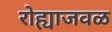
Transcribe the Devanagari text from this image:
रोह्याजवळ